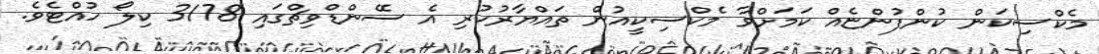
މެކްސިކަން ކުންފުންޏެއް ކަމަށްވާ މެކްސިކީއުން ތައްޔާރުކުރި އެ ސޭންޑްވިޗްގައި 3178 ކިލޯ ހުއްޓެެވެ.